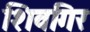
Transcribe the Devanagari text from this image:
शिवगिर